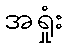
အရှုံး